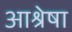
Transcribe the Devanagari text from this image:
आश्रेषा